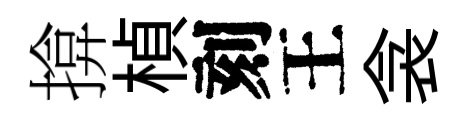
揜楨刻王衾